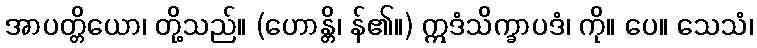
အာပတ္တိယော၊ တို့သည်။ (ဟောန္တိ၊ န်၏။) ဣဒံသိက္ခာပဒံ၊ ကို။ ပေ။ သေသံ၊